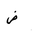
Letter: _dad